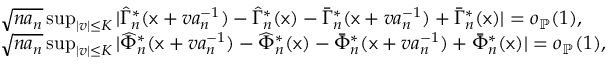
\begin{array} { r l } & { \sqrt { n a _ { n } } \operatorname* { s u p } _ { | v | \leq K } | \widehat { \Gamma } _ { n } ^ { \ast } ( \mathsf { x } + v a _ { n } ^ { - 1 } ) - \widehat { \Gamma } _ { n } ^ { \ast } ( \mathsf { x } ) - \bar { \Gamma } _ { n } ^ { \ast } ( \mathsf { x } + v a _ { n } ^ { - 1 } ) + \bar { \Gamma } _ { n } ^ { \ast } ( \mathsf { x } ) | = o _ { \mathbb { P } } ( 1 ) , } \\ & { \sqrt { n a _ { n } } \operatorname* { s u p } _ { | v | \leq K } | \widehat { \Phi } _ { n } ^ { \ast } ( \mathsf { x } + v a _ { n } ^ { - 1 } ) - \widehat { \Phi } _ { n } ^ { \ast } ( \mathsf { x } ) - \bar { \Phi } _ { n } ^ { \ast } ( \mathsf { x } + v a _ { n } ^ { - 1 } ) + \bar { \Phi } _ { n } ^ { \ast } ( \mathsf { x } ) | = o _ { \mathbb { P } } ( 1 ) , } \end{array}